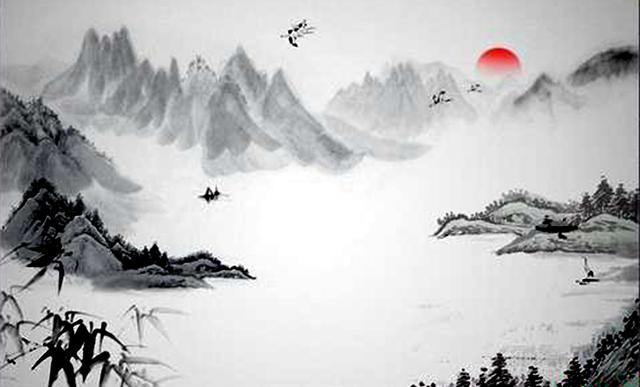
明朝事与孤烟冷，做满湖风雨愁人。